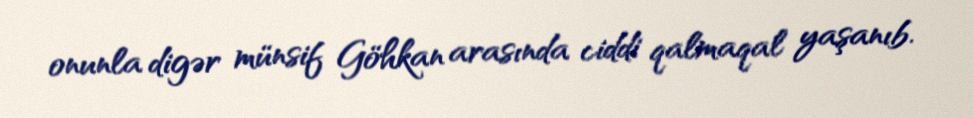
onunla digər münsif Göhkan arasında ciddi qalmaqal yaşanıb.